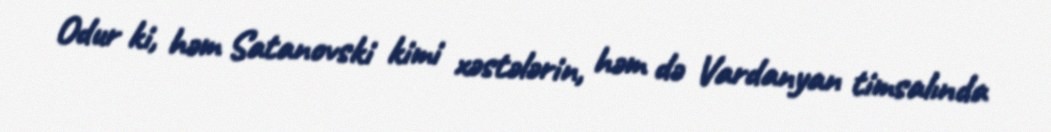
Odur ki, həm Satanovski kimi xəstələrin, həm də Vardanyan timsalında